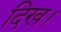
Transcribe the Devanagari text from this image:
दिख।